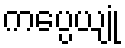
ကပ္ပေယျုံ